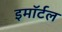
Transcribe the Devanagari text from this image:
इमॉर्टल